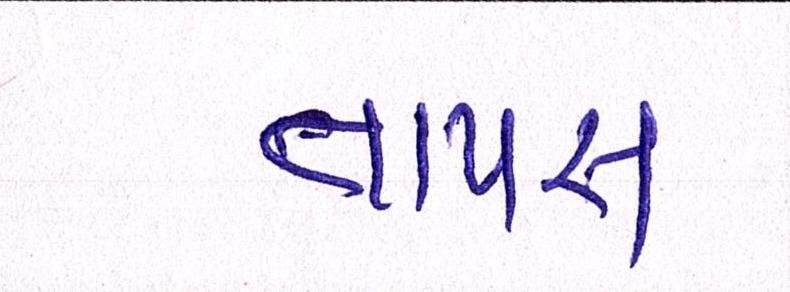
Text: તાપસ